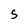
Character: S